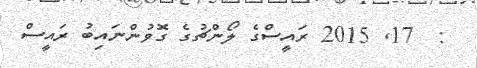
:  17